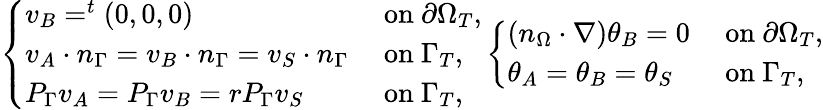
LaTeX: \left\{ \begin{array}{ll}{v_{B}=^{t}(0,0,0)}&{\mathrm{~on~}\partial\Omega_{T},}\\ {v_{A}\cdot n_{\Gamma}=v_{B}\cdot n_{\Gamma}=v_{S}\cdot n_{\Gamma}}&{\mathrm{~on~}\Gamma_{T},}\\ {P_{\Gamma}v_{A}=P_{\Gamma}v_{B}=rP_{\Gamma}v_{S}}&{\mathrm{~on~}\Gamma_{T},}\end{array}\right.\left\{ \begin{array}{ll}{(n_{\Omega}\cdot\nabla)\theta_{B}=0}&{\mathrm{~on~}\partial\Omega_{T},}\\ {\theta_{A}=\theta_{B}=\theta_{S}}&{\mathrm{~on~}\Gamma_{T},}\end{array}\right.